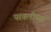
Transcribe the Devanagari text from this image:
परवलीच्या